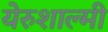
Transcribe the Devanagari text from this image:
येरुशाल्मी